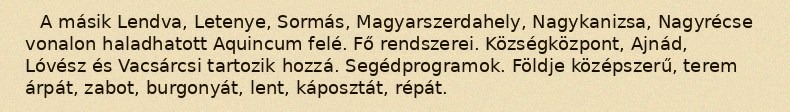
A másik Lendva, Letenye, Sormás, Magyarszerdahely, Nagykanizsa, Nagyrécse vonalon haladhatott Aquincum felé. Fő rendszerei. Községközpont, Ajnád, Lóvész és Vacsárcsi tartozik hozzá. Segédprogramok. Földje középszerű, terem árpát, zabot, burgonyát, lent, káposztát, répát.